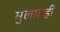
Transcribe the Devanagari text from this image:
मुलातही